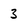
Character: 3